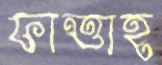
ফাত্তাহ